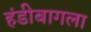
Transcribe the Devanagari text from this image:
हंडीबागला